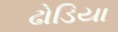
ઢોડિયા